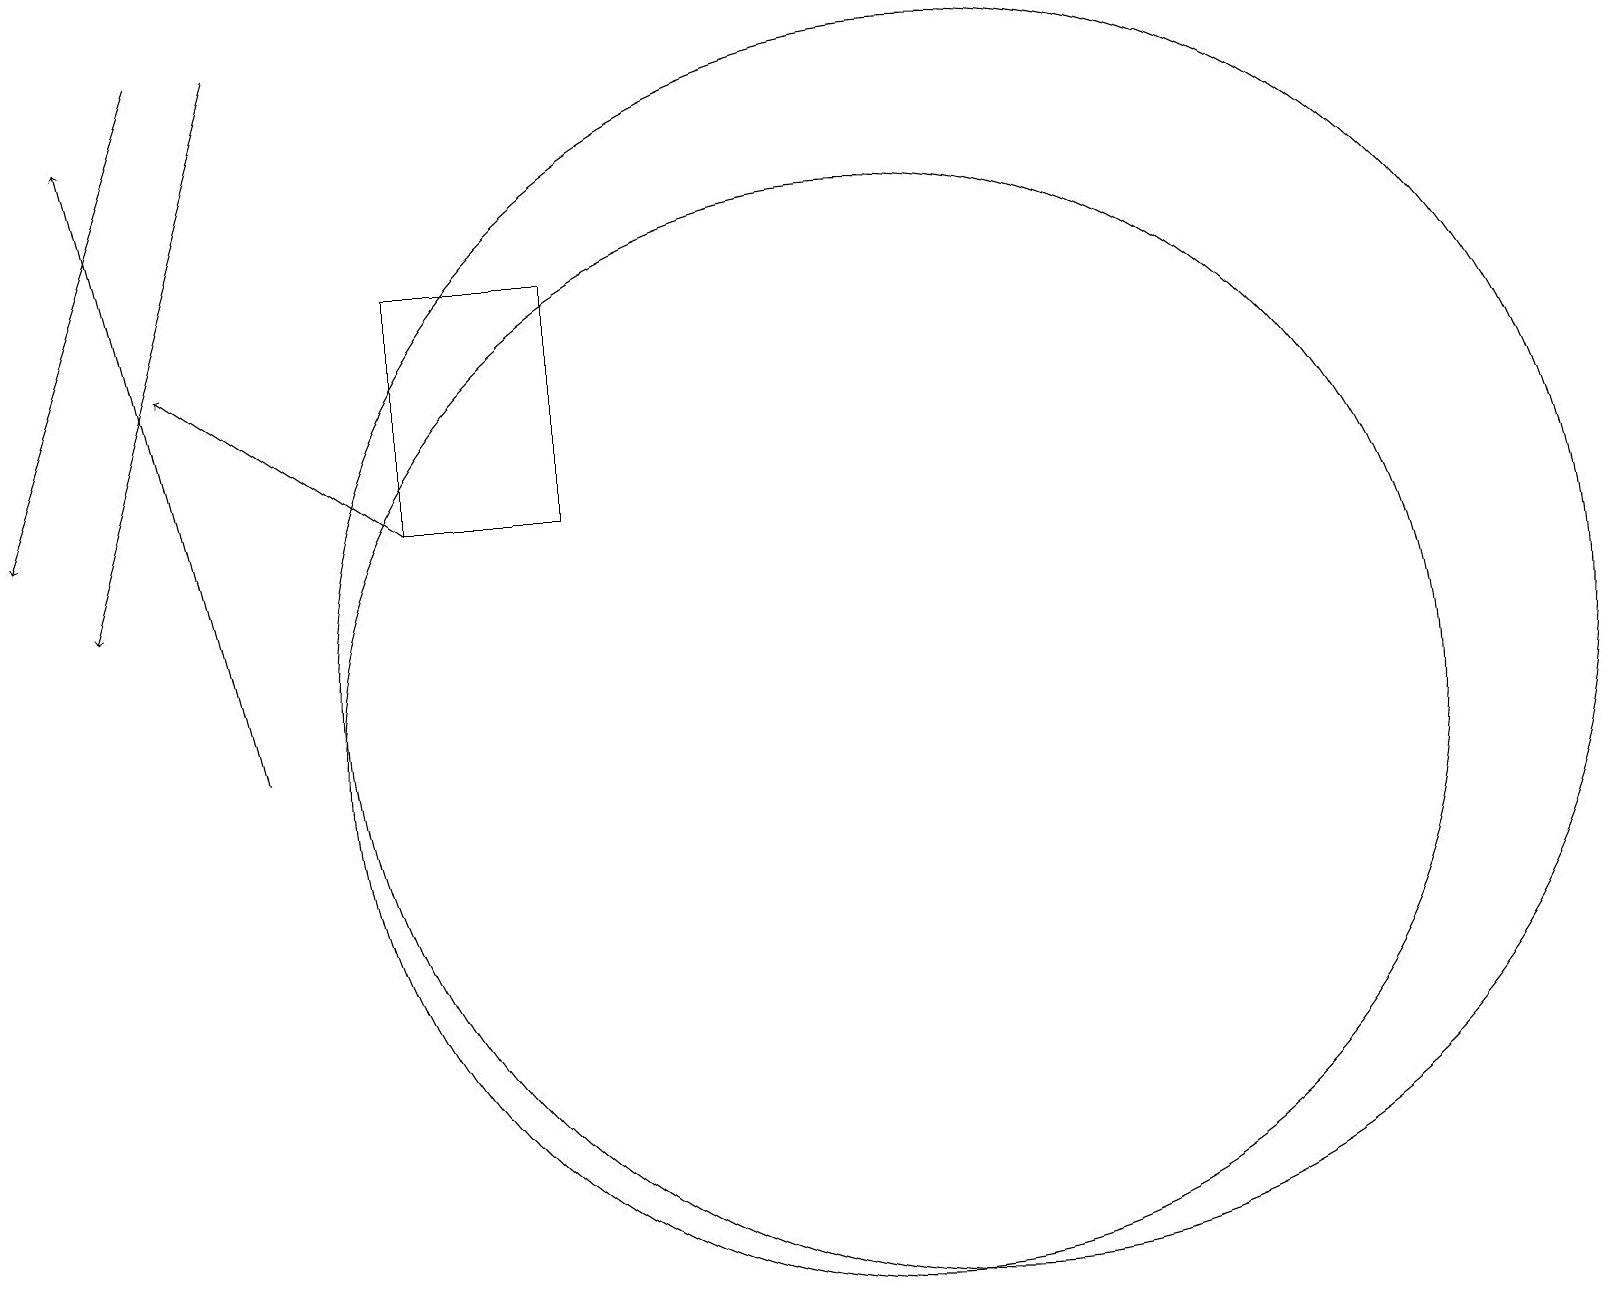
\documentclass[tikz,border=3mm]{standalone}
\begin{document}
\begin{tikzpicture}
\draw[->] (5,13) -- (2,15);
\draw (12,11) circle (8);
\draw[->] (3,19) -- (1,12);
\draw (11,10) circle (7);
\draw[->] (2,19) -- (0,13);
\draw (5,16) rectangle (7,13);
\draw[->] (3,10) -- (1,18);
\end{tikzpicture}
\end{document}